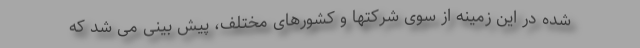
شده در این زمینه از سوی شرکتها و کشورهای مختلف، پیش بینی می شد که